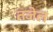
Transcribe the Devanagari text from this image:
तजेल